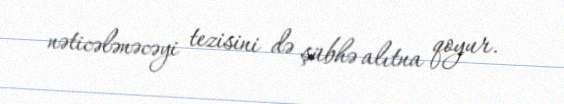
nəticələnəcəyi tezisini də şübhə alıtna qoyur.